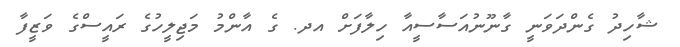
ޝާހިދު ގެންދަވަނީ ގާނޫނުއަސާސީއާ ހިލާފަށް އދ. ގެ އާންމު މަޖިލީހުގެ ރައީސްގެ ވަޒީފާ